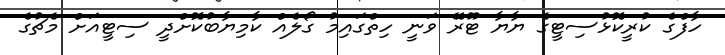
ހާފްގެ ކުރީކޮޅުސިޓީގެ ޔާޔާ ޓޫރޭ ވަނީ ހިތްގައިމު ގޯލެއް ކާމިޔާބުކޮށްދީ ސިޓީއަށް މެޗުގެ